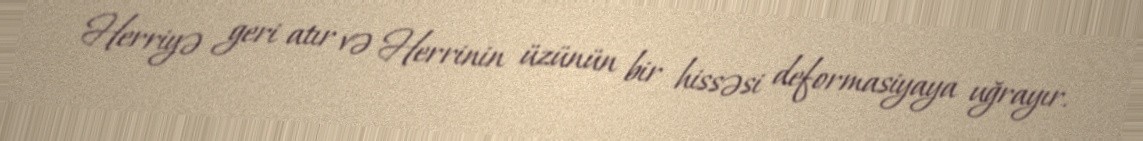
Herriyə geri atır və Herrinin üzünün bir hissəsi deformasiyaya uğrayır.